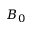
B _ { 0 }